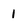
Character: 1